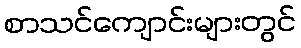
စာသင်ကျောင်းများတွင်